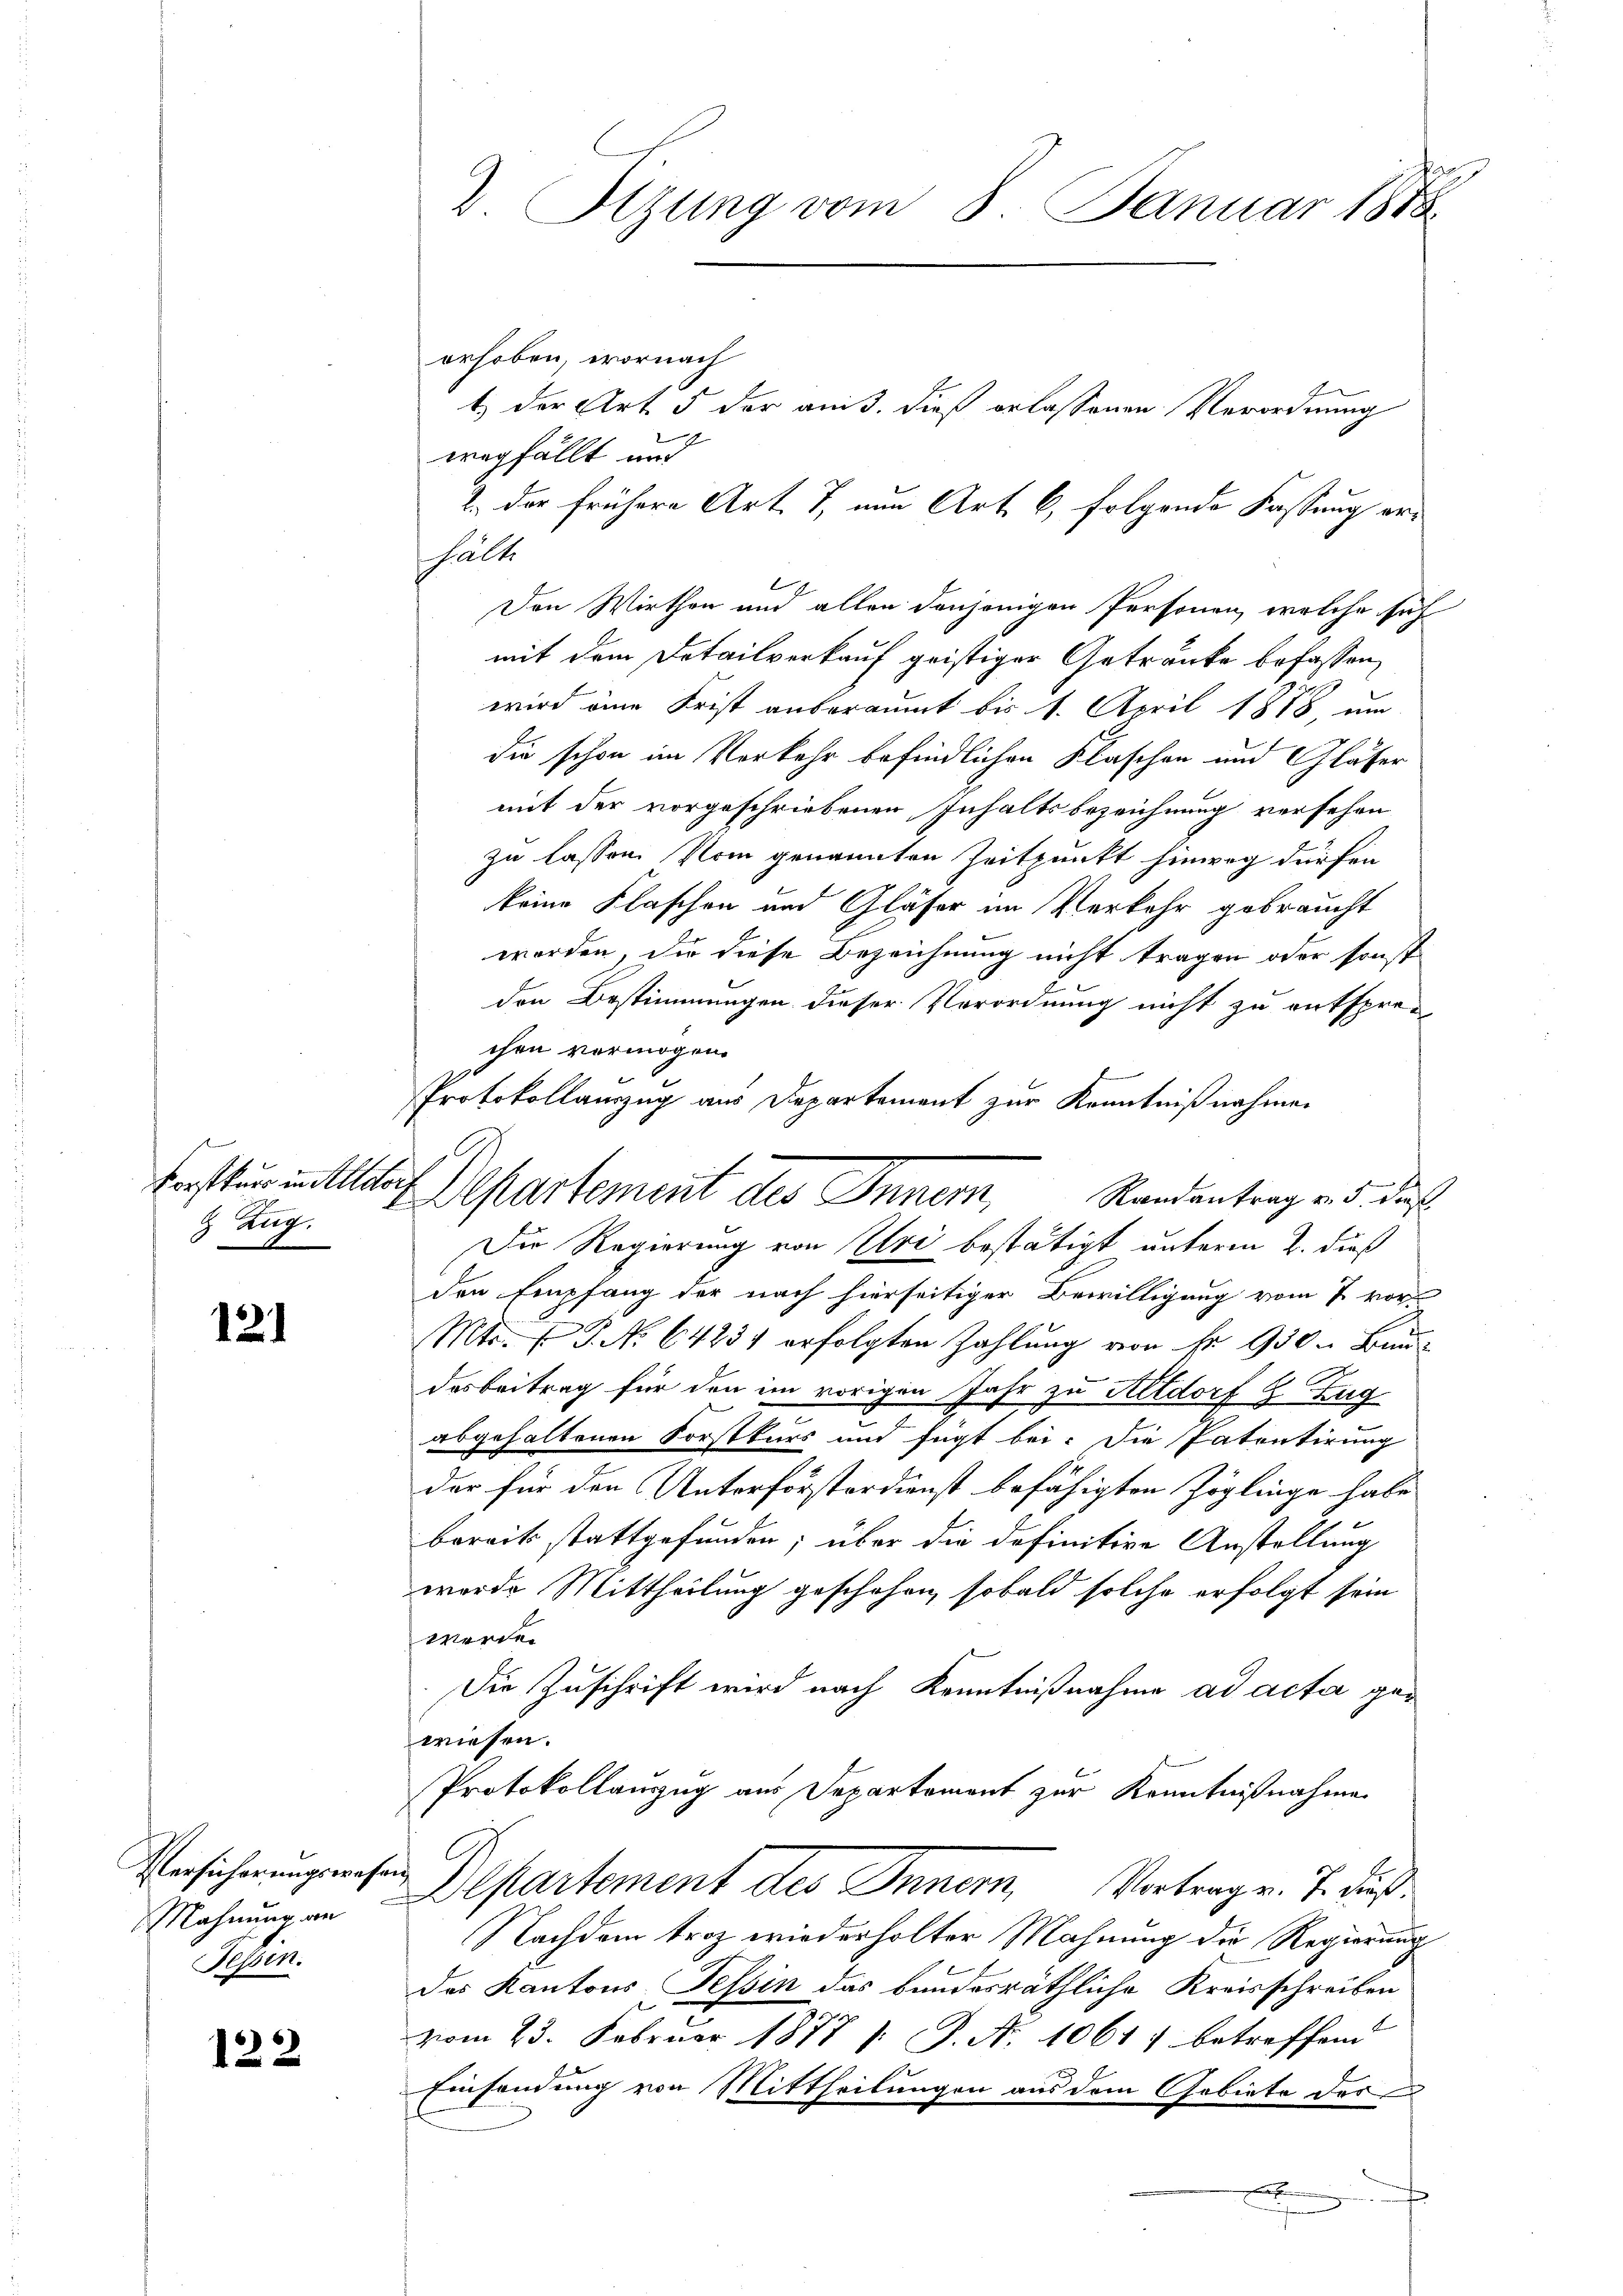
s
 Zug.

121

Versicherungswese
Mahnung, an
Sehen.

122

2 Sitzung vom 8. Januar 1848

Protokollanzug aus Departement zur Kenntnißnahmen
Forsten in auf Departement des Inner,

erhoben, wornach
1) der Art. 5 der am 3. dieß erlassenen Verordnung
wegfällt und
2. Der frühere Art. 7, nun Art. 6, folgende Fassung erhalte
l
Den Wirthen und allen denjenigen Personen, welche sich
mit dem Detailverkauf geistiger Getränke befassen,
wird eine Frist anberaumt bis 1. April 1888 un
die schon im Vorkehr befindlichen Klaschen und Gläser
mit der vorgeschriebenen Inhaltsbezeichnung versehen
zu lassen. Vom genannten Zeitpunkt hinweg dürfen
keine Flaschen und Gläser im Verkehr gebraucht
worden, die diese Bezeichnung nicht tragen oder sonst
den Bestimmungen dieser Verordnung nicht zu entsprechen vermögen.
Randantrag v. 5. dies
Der Regierung von Uri bestätigt unterm 2. dieß
den Empfang der nach hierseitiger Bewilligung vom 7 vor
Mts. f. P. No 64231 erfolgten Zahlung von Fr. 930 - Baudesbeitrag für den im vorigen Jahr zu Altdorf & Zug
abgehaltenen Forstkurs und fügt bei: Die Patentirung
der für den Unterförsterdienst befähigten Zöglinge habe
bereits stattgefunden; über die definitive Anstellung
worde Mittheilung geschehen, sobald solche erfolgt sein
werde.
Die Zuschrift wird nach Kenntnißnahme ad acta gewiesen.
Protokollanzug aus Departement zur Kenntnißnahme
G
Departement des Innern, Vortrage. J. dieß
Nachdem troz wiederholter Mahnung die Regierung
Das Kantons Tessin das bundesräthliche Kreisschreiben
vom 23. Februar 1877 /: P. N. 10617 betreffend
Einsendung von Mittheilungen aus dem Gebiete des
B